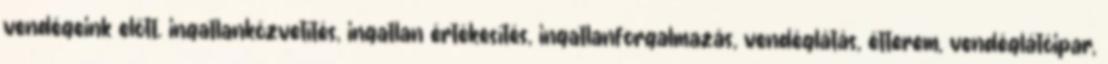
vendégeink előtt. ingatlanközvetítés, ingatlan értékesítés, ingatlanforgalmazás, vendéglátás, étterem, vendéglátóipar,